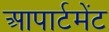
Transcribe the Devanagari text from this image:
आपार्टमेंट